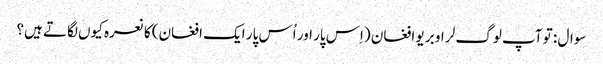
سوال : تو آپ لوگ لر او بر یو افغان (اِس پار اور اُس پار ایک افغان) کا نعرہ کیوں لگاتے ہیں؟